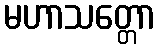
မဟာသတ္တော